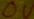
Text: 0V